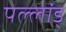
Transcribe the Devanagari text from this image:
पल्लांड्